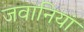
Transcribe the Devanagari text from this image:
जवानियां